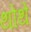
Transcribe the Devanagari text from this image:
थोथे